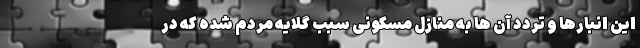
این انبارها و تردد آن ها به منازل مسکونی سبب گلایه مردم شده که در